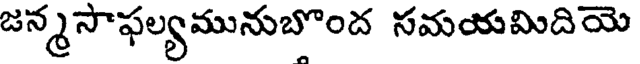
జన్మసాఫల్యమునుబొంద సమయమిదియె